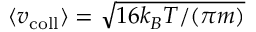
\langle v _ { \mathrm { c o l l } } \rangle = \sqrt { 1 6 k _ { B } T / ( \pi m ) }